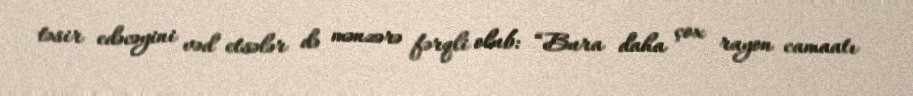
təsir edəcəyini vəd etsələr də mənzərə fərqli olub: “Bura daha çox rayon camaatı